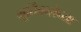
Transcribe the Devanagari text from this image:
मूर्तिकलेच्या